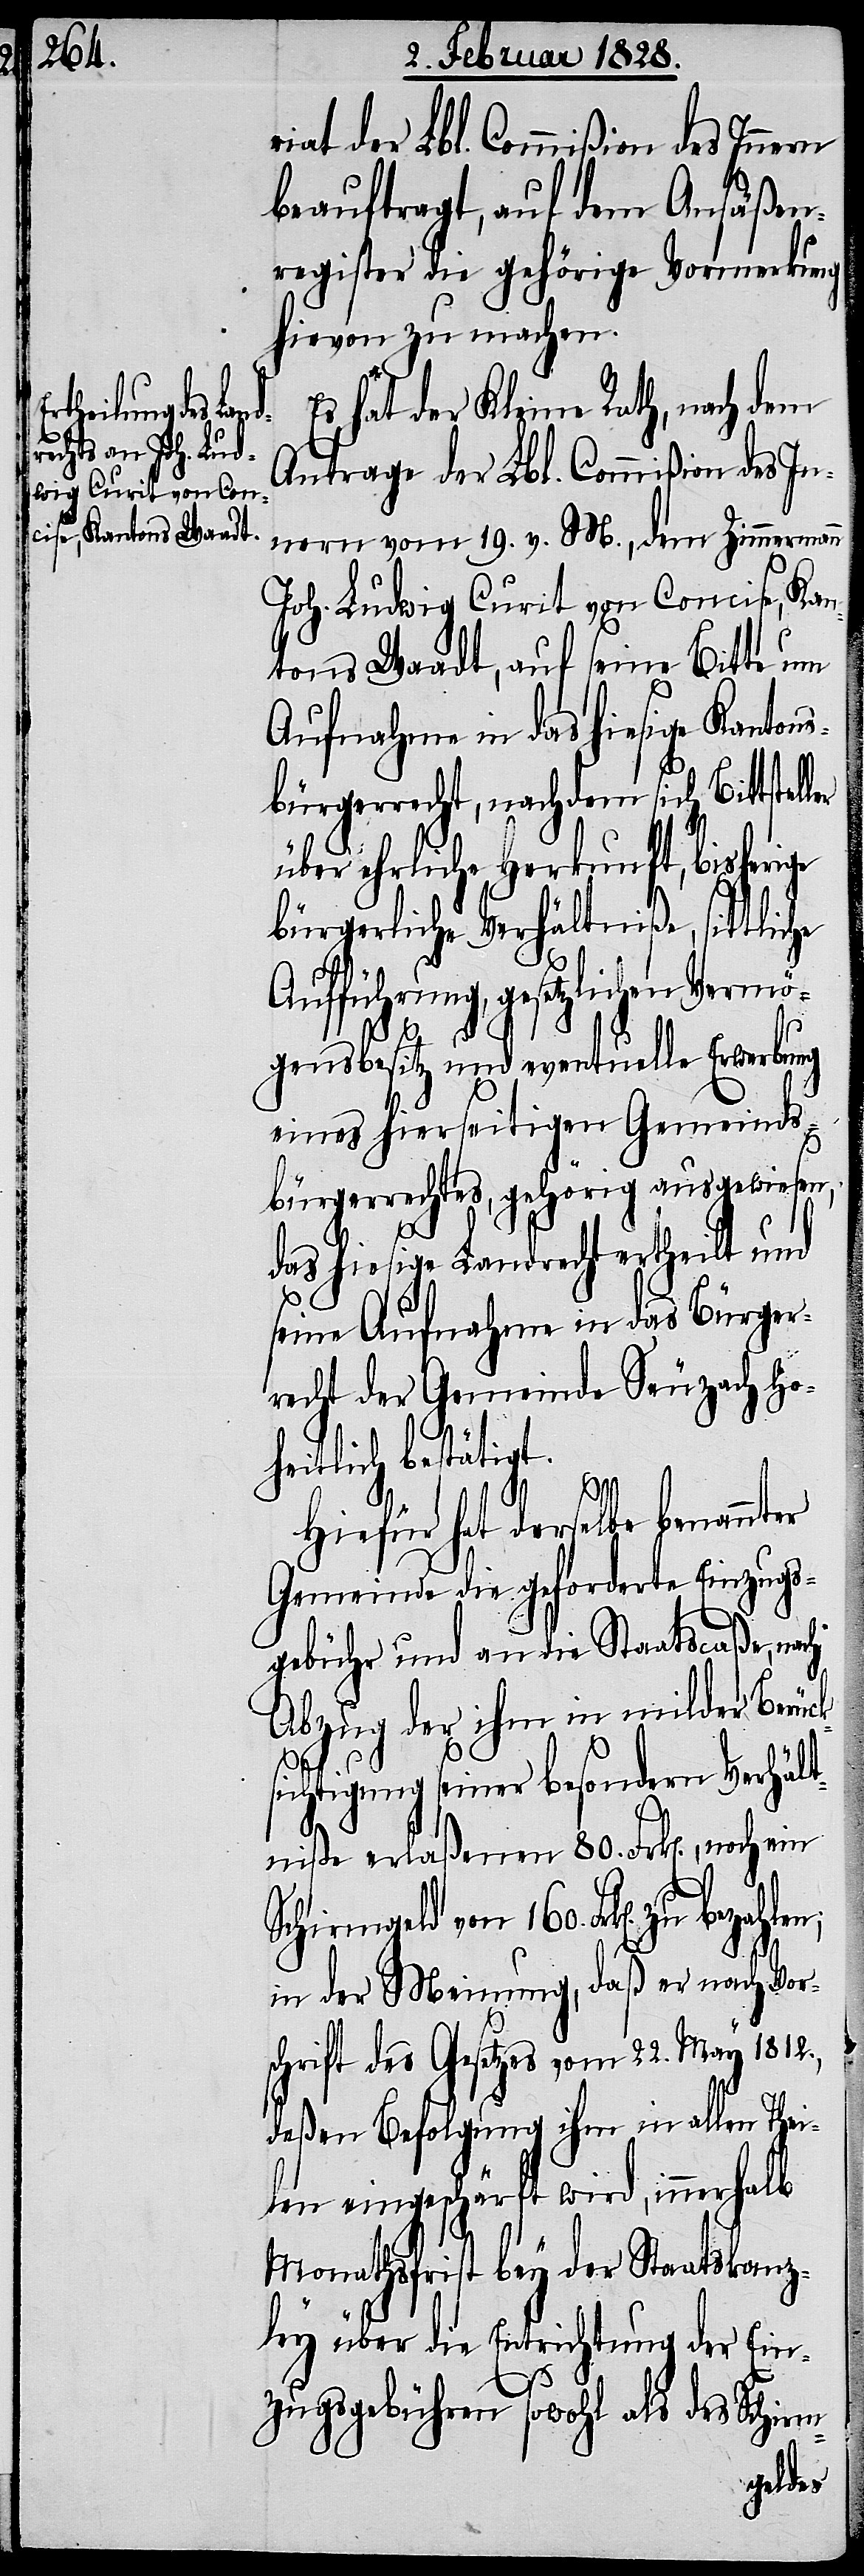
zu bezahlen;

riat der Lbl. Commißion des Innern
beauftragt, auf dem Ansäßen¬
register die gehörige Vormerkung
hievon zu machen.
Es hat der Kleine Rath, nach dem
Antrage der Lbl. Commißion des In¬
nern vom 19. v. M., dem Zimmermann
Joh. Ludwig Curit von Concise, Kan¬
tons Waadt, auf seine Bitte um
Aufnahme in das hiesige Kantons¬
bürgerrecht, nachdem sich Bittstel¬
über ehrliche Herkunft, bisherige
bürgerliche Verhältniße, sittliche
Aufführung, gesetzlichen Vermö¬
k¬
gensbesitz und eventuelle Erwerbung
eines hierseitigen Gemeinds¬
bürgerrechtes, gehörig ausgewiesen,
das hiesige Landrecht ertheilt und
seine Aufnahme in das Bürger¬
recht der Gemeinde Seuzach ho¬
heitlich bestätigt.
Hiefür hat derselbe benannter
Gemeinde die geforderte Einzugs¬
gebühr und an die Staatscaßa, nach
Abzug der ihm in milder Berüc¬
sichtigung seiner besondern Verhält¬
niße erlaßenen 80. Frk[en]., noch ein
Schirmgeld von 160. Frk[en].
in der Meinung, daß er nach Vor¬
schrift des Gesetzes vom 22. May 1812.,
deßen Befolgung ihm in allen Thei¬
len eingeschärft wird, innerhalb
Monathsfrist bey der Staatskanz¬
ley über die Entrichtung der Ein¬
zugsgebühren sowohl als des Schirm-